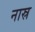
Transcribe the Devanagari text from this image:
नास्र